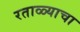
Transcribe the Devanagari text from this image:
रताळ्याचा